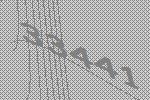
33441